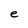
Character: e